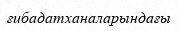
ғибадатханаларындағы